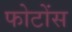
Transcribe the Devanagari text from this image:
फोटोंस